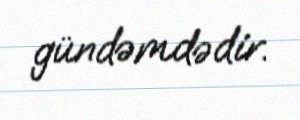
gündəmdədir.